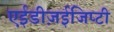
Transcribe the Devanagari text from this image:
एईडीज़ईजिप्टी